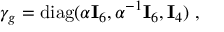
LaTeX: \gamma _ { g } = { \mathrm { d i a g } } ( \alpha { \bf I } _ { 6 } , \alpha ^ { - 1 } { \bf I } _ { 6 } , { \bf I } _ { 4 } ) ~ ,